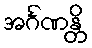
အင်္ဂဏန္တိ